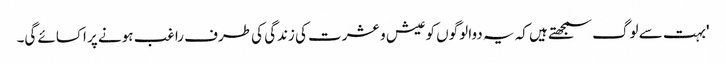
'بہت سے لوگ سمجھتے ہیں کہ یہ دوا لوگوں کو عیش و عشرت کی زندگی کی طرف راغب ہونے پر اکسائے گی۔